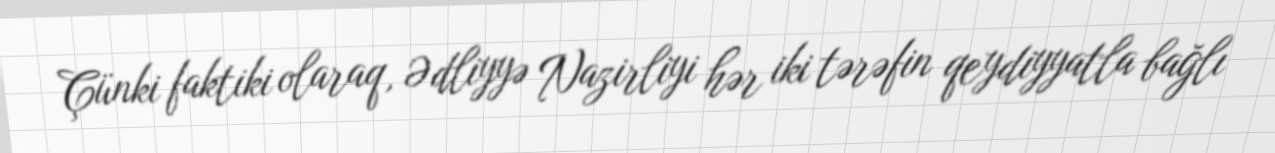
Çünki faktiki olaraq, Ədliyyə Nazirliyi hər iki tərəfin qeydiyyatla bağlı